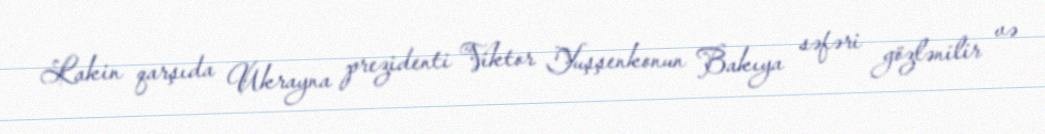
Lakin qarşıda Ukrayna prezidenti Viktor Yuşşenkonun Bakıya səfəri gözlənilir və